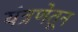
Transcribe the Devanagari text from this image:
यंत्रणेतून